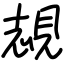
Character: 覟